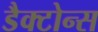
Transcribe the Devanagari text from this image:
डैक्टोन्स